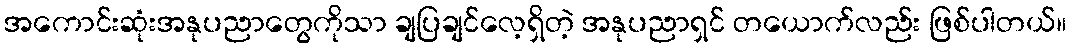
အကောင်းဆုံးအနုပညာတွေကိုသာ ချပြချင်လေ့ရှိတဲ့ အနုပညာရှင် တယောက်လည်း ဖြစ်ပါတယ်။